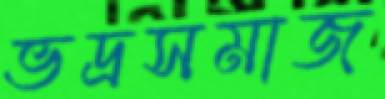
ভদ্রসমাজ